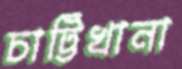
চাট্টিখানা